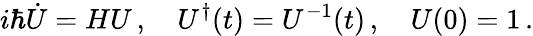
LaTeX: i\hbar{\dot{U}}=HU\, ,\quad U^{\dagger}(t)=U^{-1}(t)\, ,\quad U(0)=1\, .